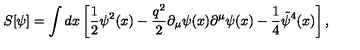
S [ \psi ] = \int d x \left[ \frac 1 2 \psi ^ { 2 } ( x ) - \frac { q ^ { 2 } } { 2 } \partial _ { \mu } \psi ( x ) \partial ^ { \mu } \psi ( x ) - \frac 1 4 \tilde { \psi } ^ { 4 } ( x ) \right] ,